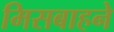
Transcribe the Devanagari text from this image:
मिसबाहने